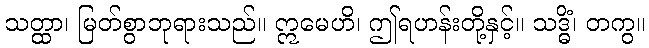
သတ္ထာ၊ မြတ်စွာဘုရားသည်။ ဣမေဟိ၊ ဤရဟန်းတို့နှင့်။ သဒ္ဓိံ၊ တကွ။